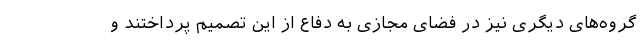
گروه‌های دیگری نیز در فضای مجازی به دفاع از این تصمیم پرداختند و